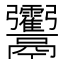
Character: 𩱶